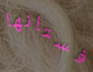
فستانها